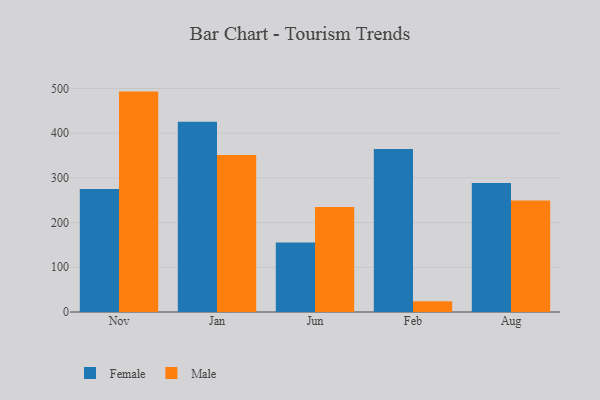
{"axis": {"x": "Month", "y": "Population (Million)"}, "legend": ["Female", "Male"], "data": [{"x": "Nov", "y": 274.8, "type": "Female"}, {"x": "Nov", "y": 492.9, "type": "Male"}, {"x": "Jan", "y": 425.6, "type": "Female"}, {"x": "Jan", "y": 351.0, "type": "Male"}, {"x": "Jun", "y": 155.2, "type": "Female"}, {"x": "Jun", "y": 235.0, "type": "Male"}, {"x": "Feb", "y": 364.4, "type": "Female"}, {"x": "Feb", "y": 24.2, "type": "Male"}, {"x": "Aug", "y": 288.6, "type": "Female"}, {"x": "Aug", "y": 249.6, "type": "Male"}]}